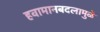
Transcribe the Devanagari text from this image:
हवामानबदलामुळे